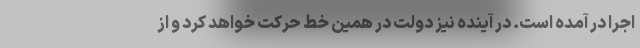
اجرا در آمده است. در آینده نیز دولت در همین خط حرکت خواهد کرد و از